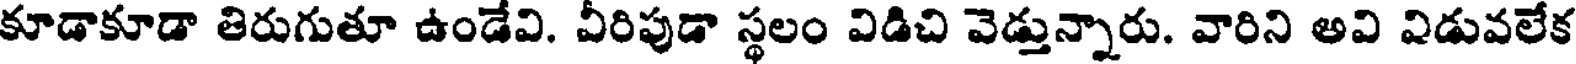
కూడాకూడా తిరుగుతూ ఉండేవి. వీరిపుడా స్థలం విడిచి వెడ్తున్నారు. వారిని అవి విడువలేక